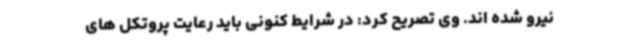
نیرو شده اند. وی تصریح کرد: در شرایط کنونی باید رعایت پروتکل های